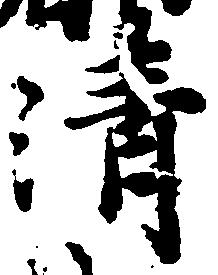
清